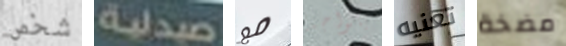
شخص صيدلية مع يتواجد تعنيه مضخة